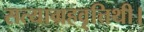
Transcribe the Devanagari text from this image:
सत्याग्रहवृत्तिथी।